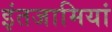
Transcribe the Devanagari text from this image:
इंतजामियां